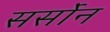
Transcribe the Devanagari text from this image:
सर्सोन